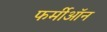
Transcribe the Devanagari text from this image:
फर्मीऑन